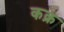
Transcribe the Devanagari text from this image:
कक्र